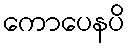
ကောပေနပိ